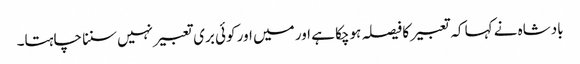
بادشاہ نے کہا کہ تعبیر کا فیصلہ ہوچکا ہے اور میں اور کوئی بری تعبیر نہیں سننا چاہتا۔